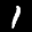
Label: 1